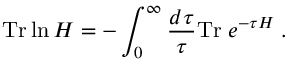
\mathrm { T r } \ln H = - \int _ { 0 } ^ { \infty } { \frac { d \tau } { \tau } } \mathrm { T r } \; e ^ { - \tau H } \; .